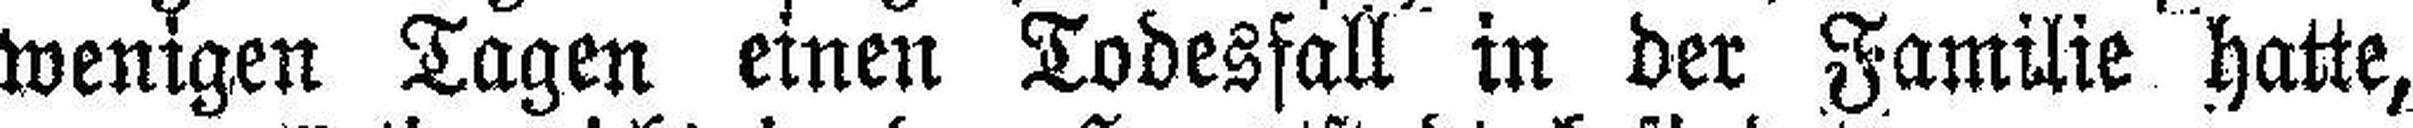
wenigen Tagen einen Todesfall in der Familie hatte,